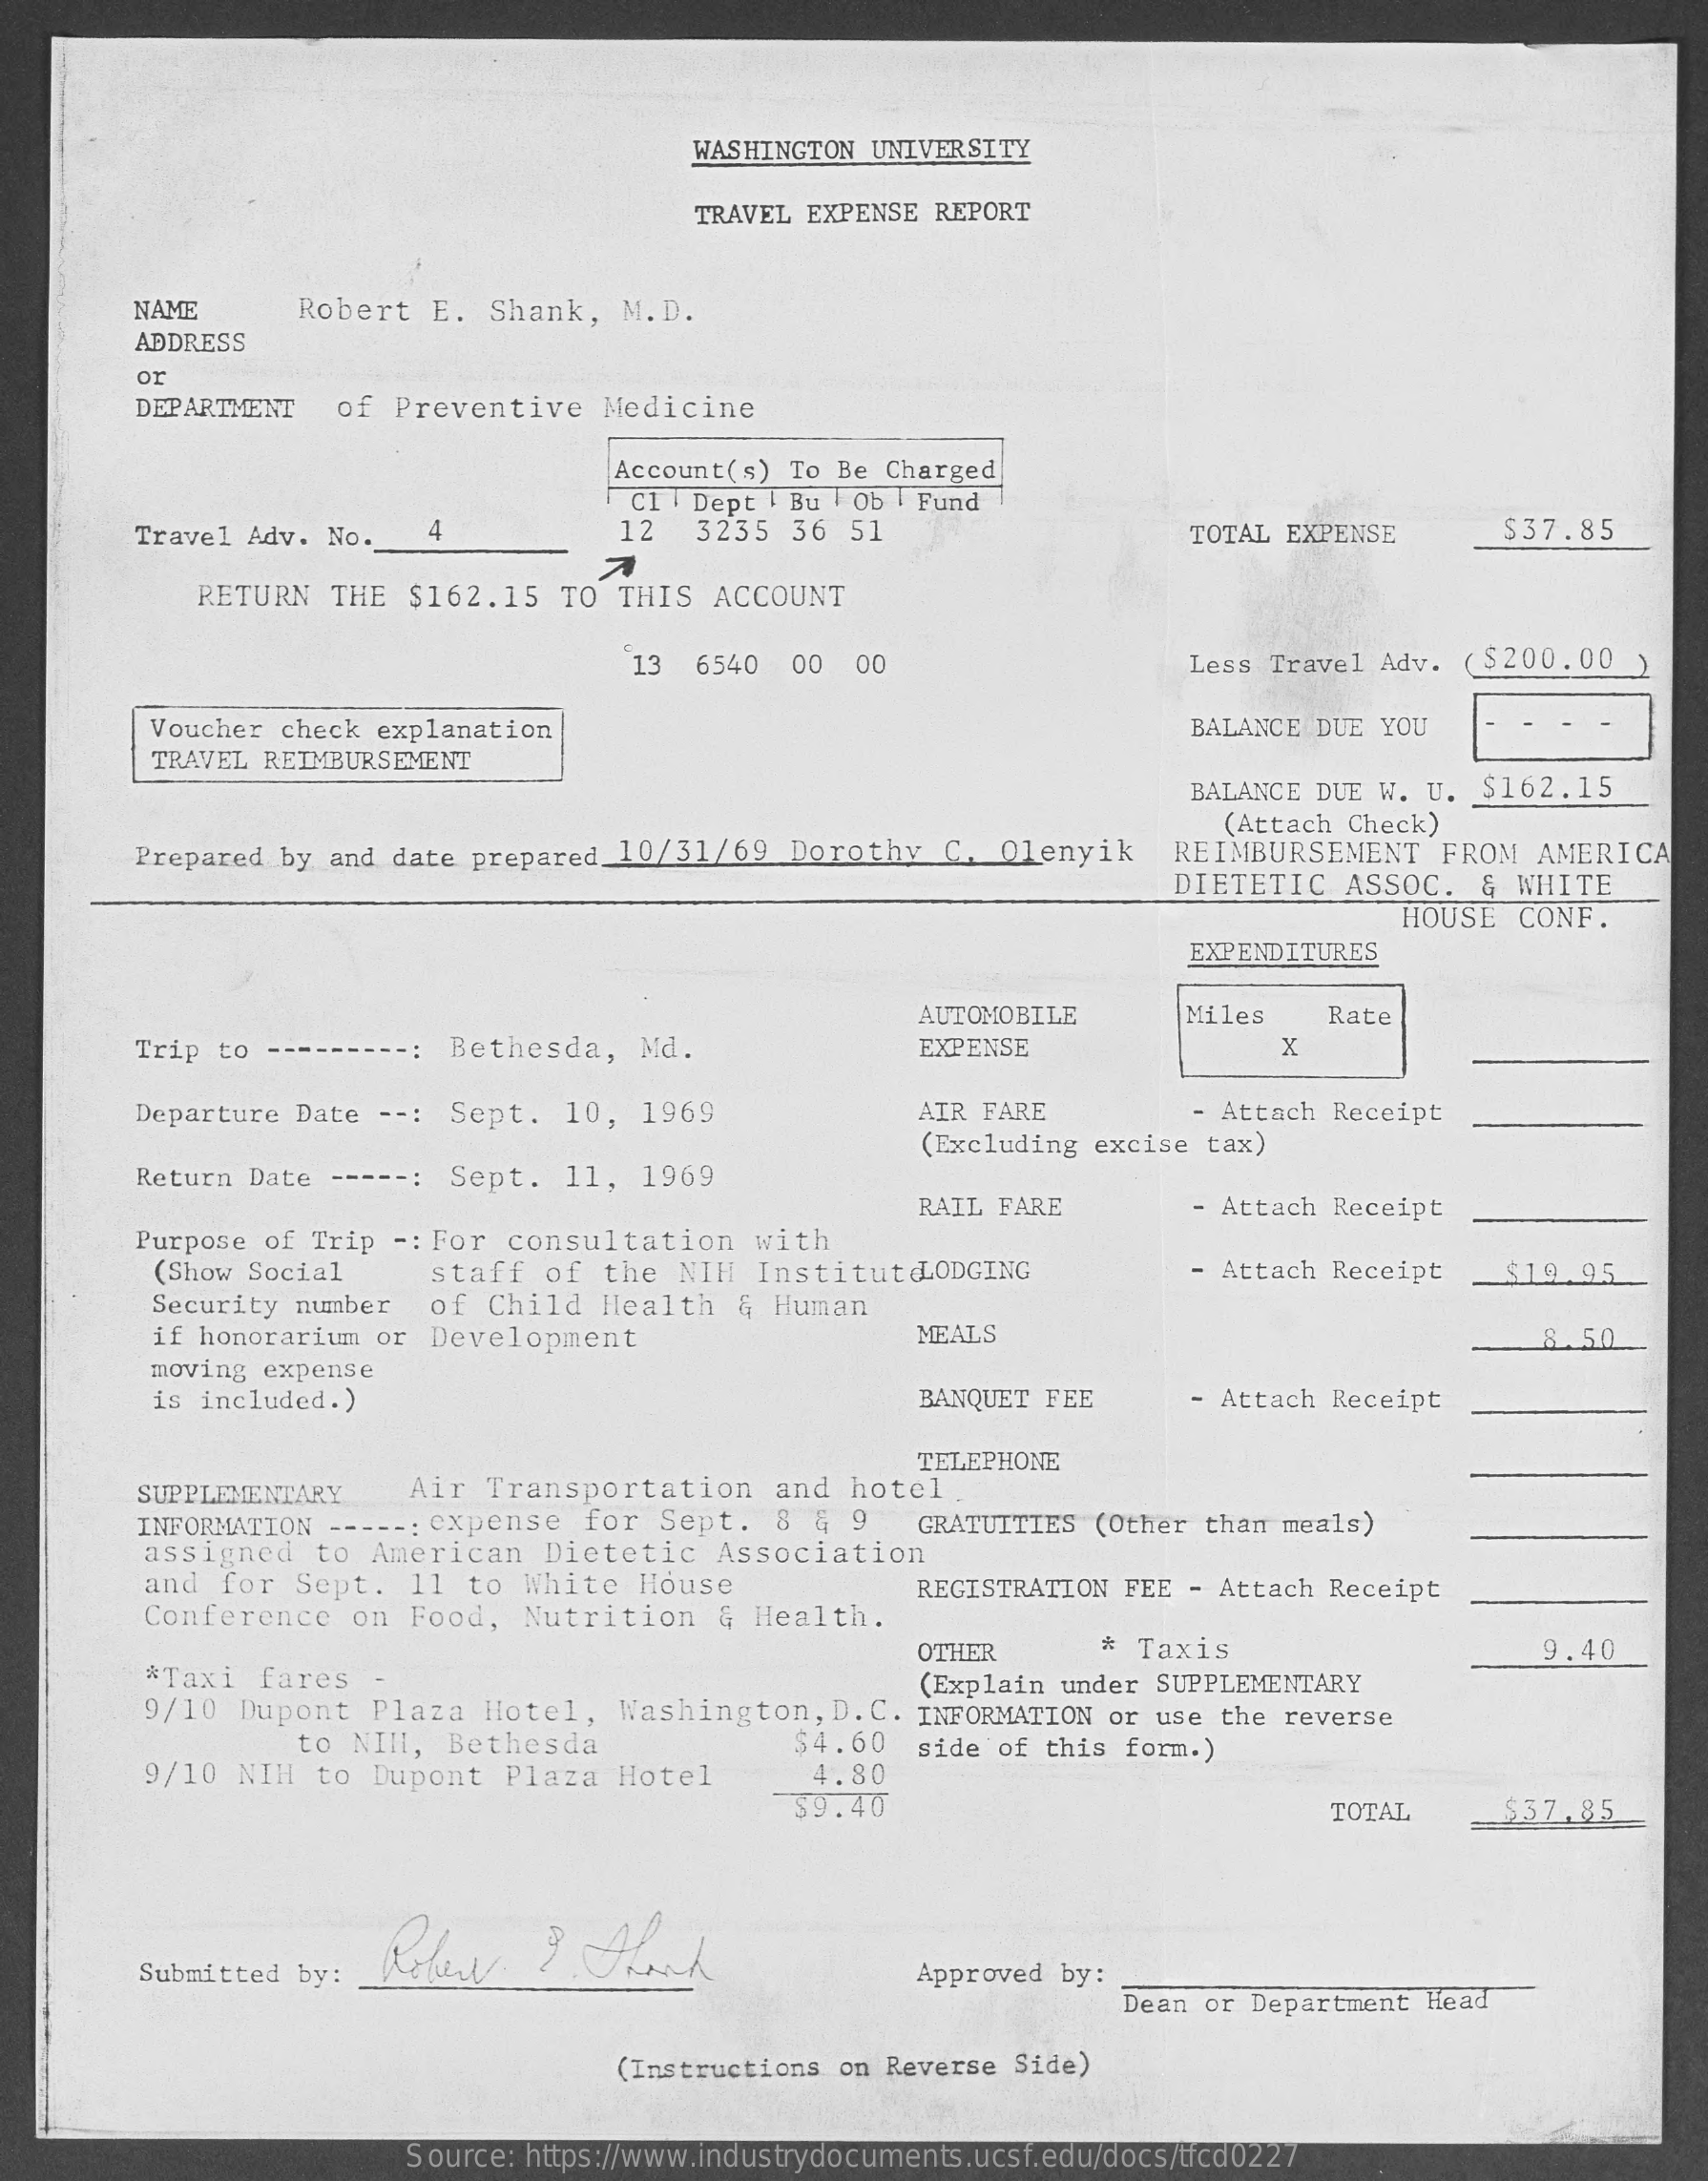
WASHINGTON UNIVERSITY
     TRAVEL EXPENSE REPORT
     NAME   Robert E. Shank, M.D.
     ADDRESS
     or
     DEPARTMENT of Preventive Medicine
     Account(s) To Be Charged
     Cl | Dept ! Bu Ob | Fund
     Travel Adv. No. 4    12 3235 36 51    TOTAL EXPENSE  $37.85
     RETURN THE $162.15 TO THIS ACCOUNT
     13 6540 00 00    Less Travel Adv. ( $200. 00 )
     Voucher check explanation    BALANCE DUE YOU
     TRAVEL REIMBURSEMENT
     BALANCE DUE W. U. $162.15
     (Attach Check)
     Prepared by and date prepared 10/31/69 Dorothy C. Olenyik REIMBURSEMENT FROM AMERICA
     DIETETIC ASSOC. & WHITE
     HOUSE CONF.
     EXPENDITURES
     AUTOMOBILE   Miles Rate
     Trip to    -: Bethesda, Md.    EXPENSE    X
     Departure Date --: Sept. 10, 1969    AIR FARE    - Attach Receipt
     Return Date -----: Sept. 11, 1969
     (Excluding excise tax)
     RAIL FARE    - Attach Receipt
     Purpose of Trip -: For consultation with
     (Show Social staff of the NIH Institut LODGING   - Attach Receipt $19.95
     Security number of Child Health & Human
     if honorarium or Development    MEALS    8.50
     moving expense
     is included.)    BANQUET FEE  - Attach Receipt
     TELEPHONE
     SUPPLEMENTARY Air Transportation and hotel
     INFORMATION -----: expense for Sept. 8 & 9 GRATUITIES (Other than meals)
     assigned to American Dietetic Association
     and for Sept. 11 to White House
     Conference on Food, Nutrition & Health.
     REGISTRATION FEE - Attach Receipt
     *Taxi fares
     OTHER    Taxis    9.40
     (Explain under SUPPLEMENTARY
     9/10 Dupont Plaza Hotel, Washington, D.C. INFORMATION or use the reverse
     to NIII, Bethesda
     9/10 NIH to Dupont Plaza Hotel
     $4.60
     4.80
     side of this form.)
     $9.40    TOTAL   $37,85
     Submitted by:    Approved by:
     Dean or Department Head
     (Instructions on Reverse Side)
     Source: https://www.industrydocuments.ucsf.edu/docs/tfcd0227